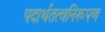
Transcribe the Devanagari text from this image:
पदार्थतत्वनिरूपण